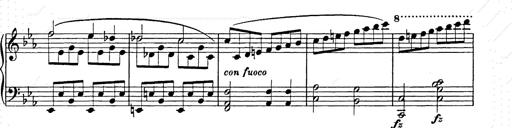
Title: Allegro di bravura
Composer: Carl Maria von Weber
Key: D major